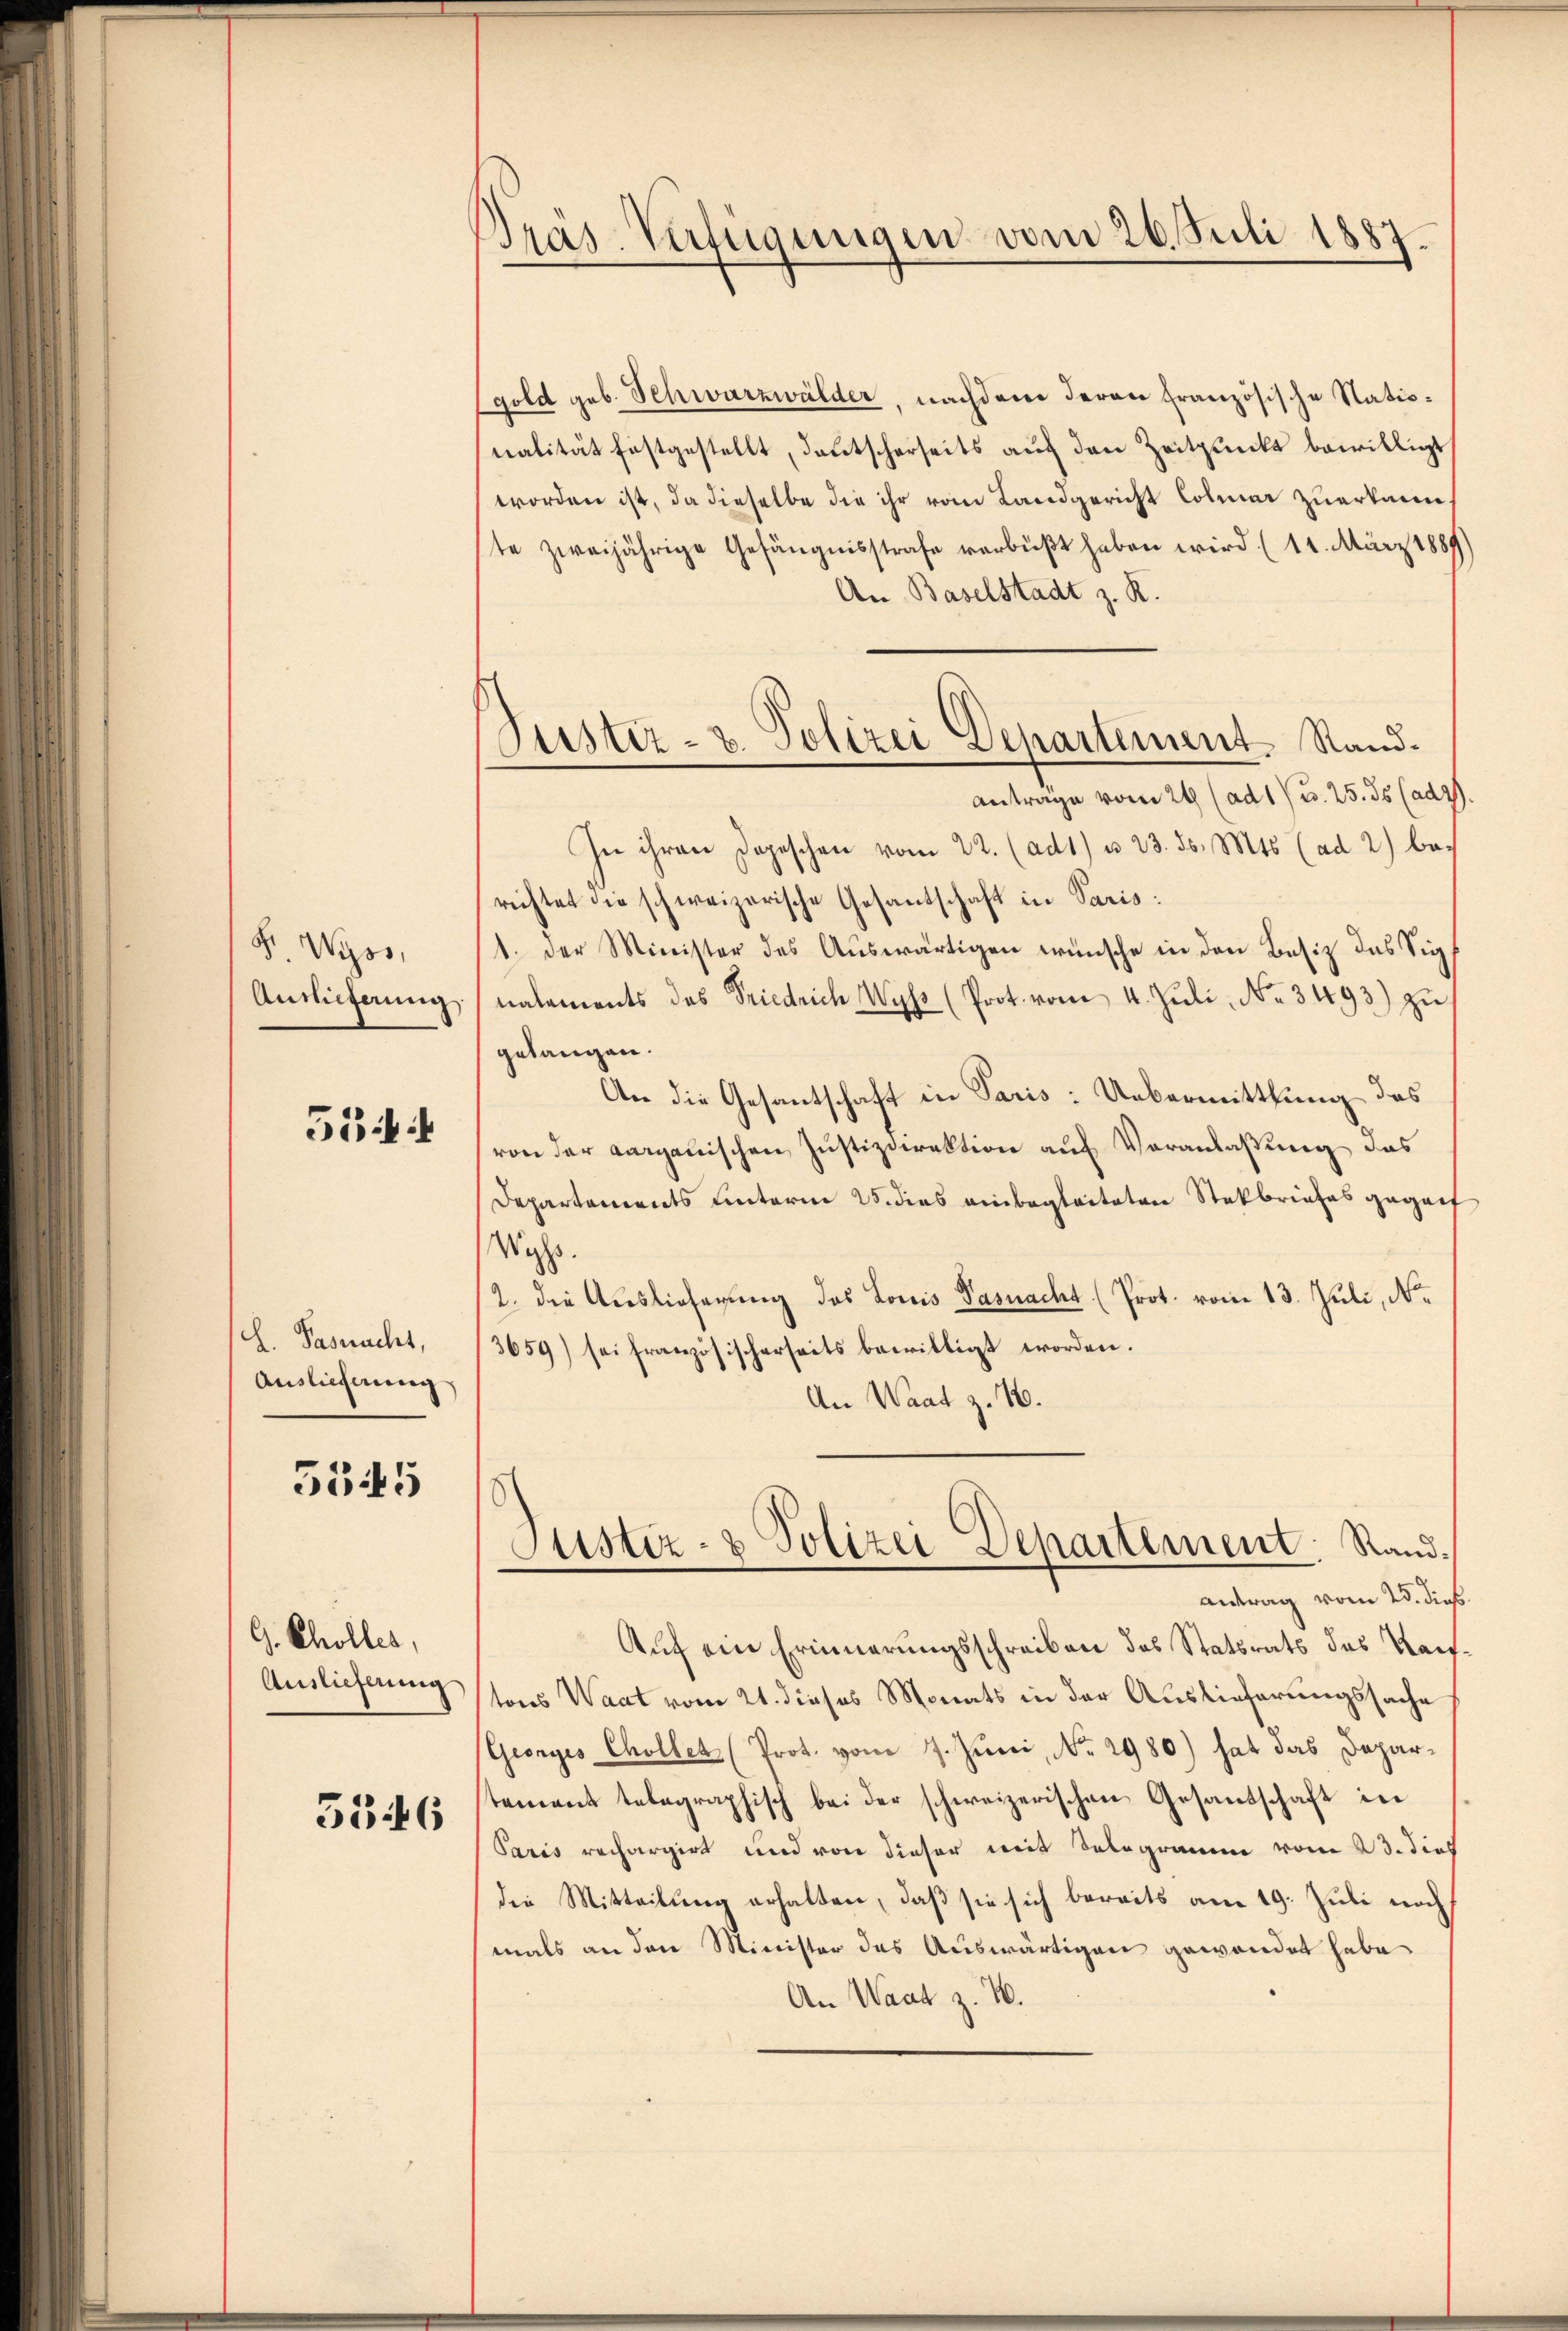
F. Wyss,
Auslieferung

534

L. Pasnacht,
Auslieferung

5545

G. Cholles,
Auslieferung

5546

Pras Verfügungen vom 26. Juli 1887

gold geb. Schwarzwälder, nachdem deren französische Nationalität festgestellt, deutscherseits auf den Zeitpunkt bewilligt
worden ist, da dieselbe die ihr vom Landgericht Colmar zuerkann.
ste zweijährige Gefängnisstrafe verbüßt haben wird (11. März 1889
An Baselstadt z. R.
antrage vom 24 (ad 1) u. 25. ds (ade
In ihren Depeschen vom 22. (ad1) u. 23. ds. Mts. (ad 2) be-
richtet die schweizerische Gesantschaft in Paris:
1. Der Minister des Auswärtigen wünsche in den Besiz das Signataments das Friedrich Wyss (Prot. vom 4. Jŭli No. 3493) zŭ
gelangen.
An die Gesantschaft in Paris: Uebermittlung des
von der aargauischen Justizdirektion auf Veranlaßung das
Departements hinterm 25. dies einbegleiteten Steckbriefes geganf
Wyss.
2. die Auslieferung des Louis Pasnacht (Prot. vom 13. Juli, N.
3659) sei französischerseits bewilligt worden.
An Waat z. 16.

Justiz- & Polizei Departement Stand.

Justiz- & Polizei Departement. Stand.
antrag vom 25. dies

Auf ein Erinnerungsschreiben des Statsrats des Kauftons Waat vom 21. dieses Monats in der Auslieferungssache
Georges Chollen (Prot. vom 7. Juni, No. 2980) hat das Departement telegraphisch bei der schweizerischen Gesantschaft in
Paris rechargirt und von dieser mit Telegramm vom 23. dies
die Mitteilung erhalten, daß sie sich bereits am 19. Juli noch
mals an den Minister des Auswärtigen gewendet habe,
An Waat z. B.